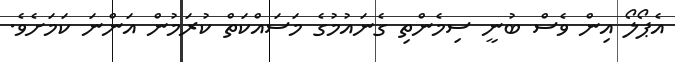
އެޕޯލޯ އިން ވެސް ބުނީ ސިމެންތި ގެނައުމުގެ މަސައްކަތް ކުރަމުން އަންނަ ކަމަށެވެ.